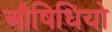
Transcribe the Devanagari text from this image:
औषिधियो